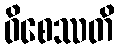
ဝိစေဿတိ